Scottish Leaving Certificate Examination, 1954
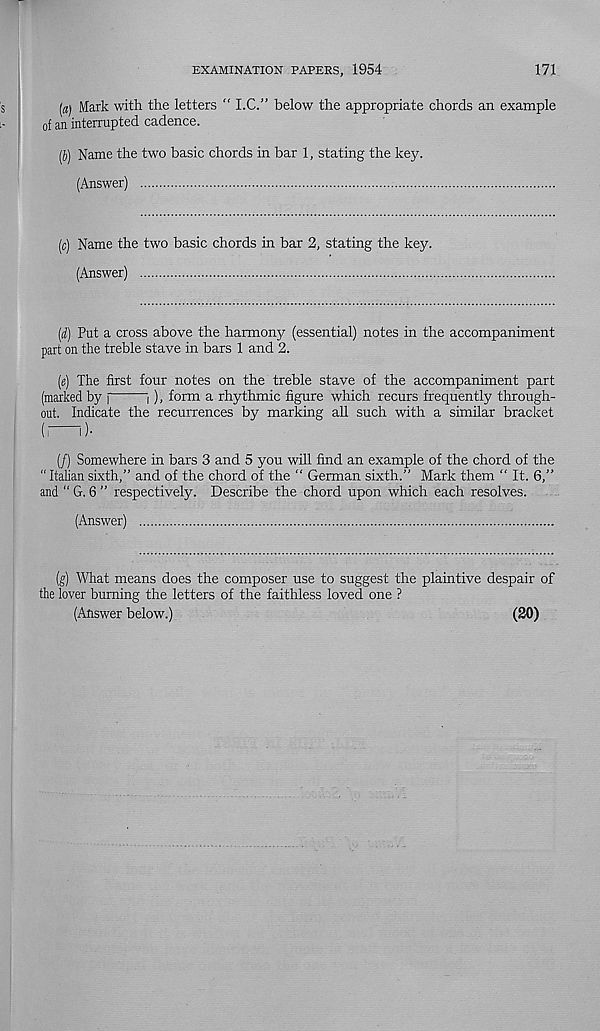
EXAMINATION PAPERS, 1954
171
[a] Mark with the letters “ I.C.” below the appropriate chords an example
of an interrupted cadence.
(J) Name the two basic chords in bar 1, stating the key.
(Answer)
(c) Name the two basic chords in bar 2, stating the key.
(Answer)
(d) Put a cross above the harmony (essential) notes in the accompaniment
part on the treble stave in bars 1 and 2.
{e) The first four notes on the treble stave of the accompaniment part
(marked by j
i), form a rhythmic figure which recurs frequently through-
out. Indicate the recurrences by marking all such with a similar bracket
(f
I )•
(/) Somewhere in bars 3 and 5 you will find an example of the chord of the
" Italian sixth,” and of the chord of the “ German sixth.” Mark them “ It. 6,”
and “ G. 6 ” respectively. Describe the chord upon which each resolves.
(Answer)
[g) What means does the composer use to suggest the plaintive despair of
the lover burning the letters of the faithless loved one ?
(Answer below.)
(20)